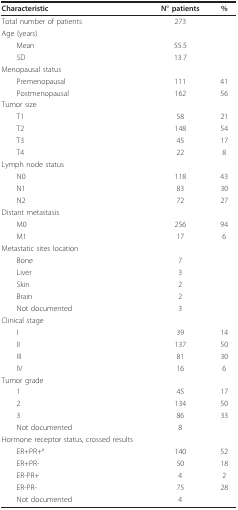
| Characteristic | N° patients | % |
 | --- | --- | --- |
 | Total number of patients | 273 |  |
 | Age (years) |  |  |
 | Mean | 55.5 |  |
 | SD | 13.7 |  |
 | Menopausal status |  |  |
 | Premenopausal | 111 | 41 |
 | Postmenopausal | 162 | 56 |
 | Tumor size |  |  |
 | T1 | 58 | 21 |
 | T2 | 148 | 54 |
 | T3 | 45 | 17 |
 | T4 | 22 | 8 |
 | Lymph node status |  |  |
 | N0 | 118 | 43 |
 | N1 | 83 | 30 |
 | N2 | 72 | 27 |
 | Distant metastasis |  |  |
 | M0 | 256 | 94 |
 | M1 | 17 | 6 |
 | Metastatic sites location |  |  |
 | Bone | 7 |  |
 | Liver | 3 |  |
 | Skin | 2 |  |
 | Brain | 2 |  |
 | Not documented | 3 |  |
 | Clinical stage |  |  |
 | I | 39 | 14 |
 | II | 137 | 50 |
 | III | 81 | 30 |
 | IV | 16 | 6 |
 | Tumor grade |  |  |
 | 1 | 45 | 17 |
 | 2 | 134 | 50 |
 | 3 | 86 | 33 |
 | Not documented | 8 |  |
 | Hormone receptor status, crossed results |  |  |
 | ER+PR+a | 140 | 52 |
 | ER+PR- | 50 | 18 |
 | ER-PR+ | 4 | 2 |
 | ER-PR- | 75 | 28 |
 | Not documented | 4 |  |